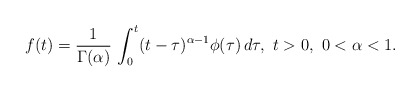
\begin{align*}f(t) = \frac{1}{\Gamma(\alpha)}\, \int_0^t (t-\tau)^{\alpha-1}\phi(\tau)\, d\tau, \ t>0,\ 0<\alpha <1.\end{align*}